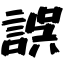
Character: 誤